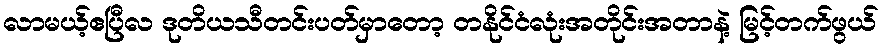
လာမယ့်ဧပြီလ ဒုတိယသီတင်းပတ်မှာတော့ တနိုင်ငံလုံးအတိုင်းအတာနဲ့ မြင့်တက်ဖွယ်